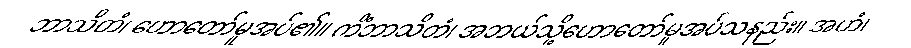
ဘာသိတံ၊ ဟောတော်မူအပ်၏။ ကိံဘာသိတံ၊ အဘယ်သို့ဟောတော်မူအပ်သနည်း။ အဟံ၊